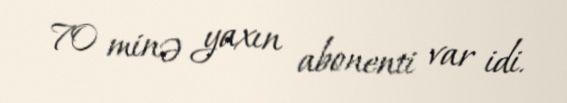
70 minə yaxın abonenti var idi.